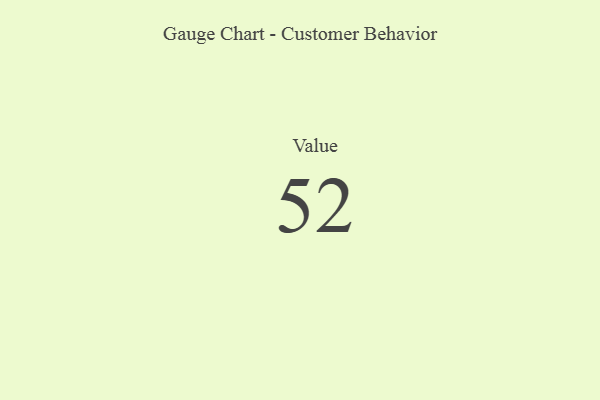
{"axis": {"x": "Metric", "y": "Value"}, "legend": [""], "data": [{"x": "Value", "y": 52, "type": ""}]}